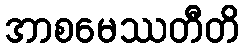
အာစမေဿတီတိ